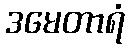
ဒမေတာရံ